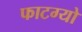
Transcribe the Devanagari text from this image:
फाटग्यो